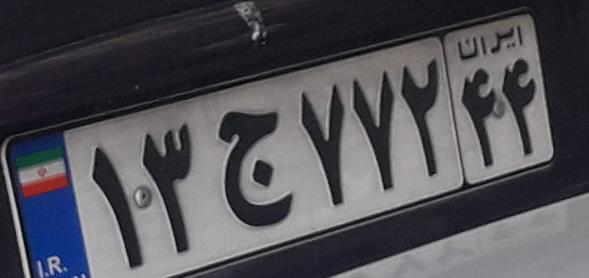
۱۳ج۷۷۲۴۴